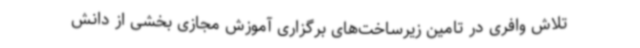
تلاش وافری در تامین زیرساخت‌های برگزاری آموزش مجازی بخشی از دانش